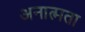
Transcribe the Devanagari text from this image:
अनात्मता